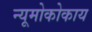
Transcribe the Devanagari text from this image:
न्यूमोकोकाय